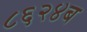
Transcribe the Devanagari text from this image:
८६२४ब